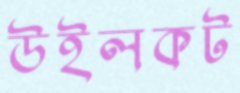
উইলকট